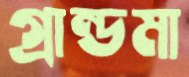
গ্রান্ডমা